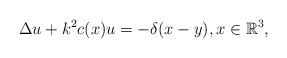
LaTeX: \begin{align*}\Delta u+k^{2}c(x)u=-\delta (x-y),x\in \mathbb{R}^{3}, \end{align*}